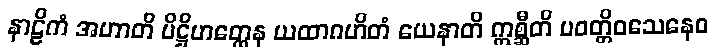
နာဠိကံ အဟာတိ ပိဋ္ဌိဟတ္ထေန ယထာဂဟိတံ ယေနာတိ ဣစ္ဆီတိ ပဝတ္တိဝသေနေဝ